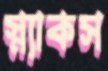
স্ন্যাকস